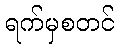
ရက်မှစတင်